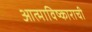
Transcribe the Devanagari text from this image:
आत्माविष्काराची